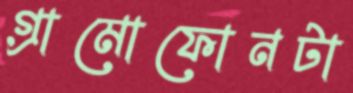
গ্রামোফোনটা